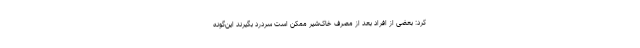
کرد: بعضی از افراد بعد از مصرف خاک‌شیر ممکن است سردرد بگیرند این‌گونه